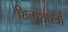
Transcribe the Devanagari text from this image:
शिल्पशास्त्रो